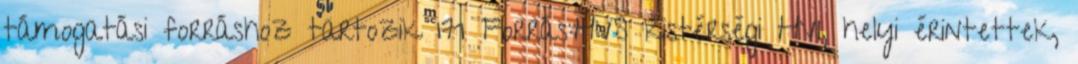
támogatási forráshoz tartozik 171 Forrás:HVS kistérségi HVI, helyi érintettek,